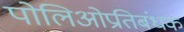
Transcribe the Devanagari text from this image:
पोलिओप्रतिबंधक